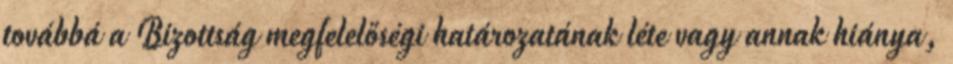
továbbá a Bizottság megfelelőségi határozatának léte vagy annak hiánya,